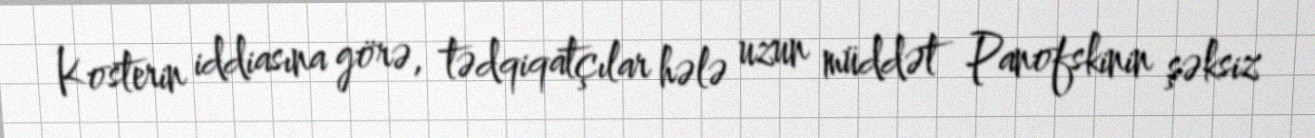
Kosterin iddiasına görə, tədqiqatçılar hələ uzun müddət Panofskinin şəksiz